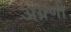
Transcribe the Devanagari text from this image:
अग्रेणी